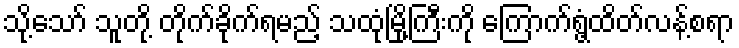
သို့သော် သူတို့ တိုက်ခိုက်ရမည့် သထုံမြို့ကြီးကို ကြောက်ရွံ့ထိတ်လန့်စရာ